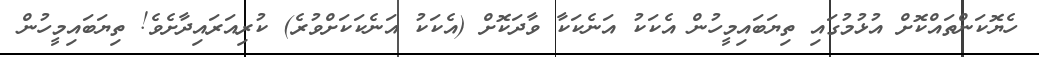
ހެޔޮކަންތައްކޮށް އުޅުމުގައި ތިޔަބައިމީހުން އެކަކު އަނެކަކާ ވާދަކޮށް (އެކަކު އަނެކަކަށްވުރެ) ކުރިއަރައިދާށެވެ! ތިޔަބައިމީހުން